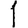
Digit: 1